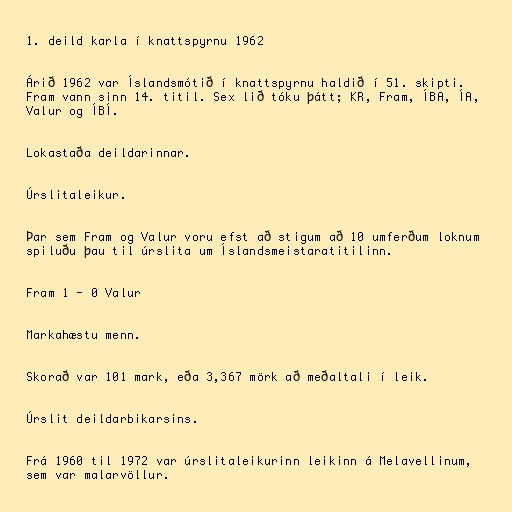
1. deild karla í knattspyrnu 1962

Árið 1962 var Íslandsmótið í knattspyrnu haldið í 51. skipti.
Fram vann sinn 14. titil. Sex lið tóku þátt; KR, Fram, ÍBA, ÍA,
Valur og ÍBÍ.

Lokastaða deildarinnar.

Úrslitaleikur.

Þar sem Fram og Valur voru efst að stigum að 10 umferðum loknum
spiluðu þau til úrslita um Íslandsmeistaratitilinn.

Fram 1 - 0 Valur

Markahæstu menn.

Skorað var 101 mark, eða 3,367 mörk að meðaltali í leik.

Úrslit deildarbikarsins.

Frá 1960 til 1972 var úrslitaleikurinn leikinn á Melavellinum,
sem var malarvöllur.